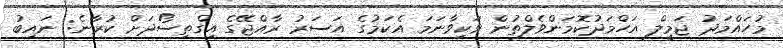
މުހައްމަދު ޖަމީލް އަހްމަދުކޮމަންވެލްތުން ވަކިވާނަމަ އެކަމުގެ އަސަރު ރާއްޖޭގެ އިގްތިސޯދަށް ކުރާނެ: ނައިބު